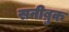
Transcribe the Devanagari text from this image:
सनीब्रुक